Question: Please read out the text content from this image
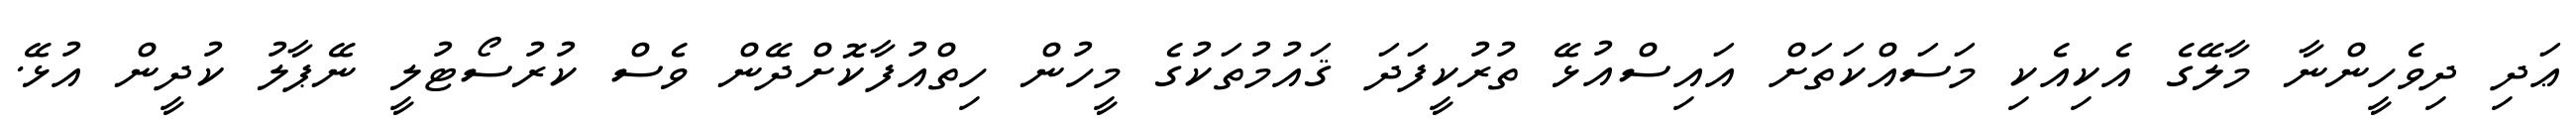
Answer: ޢަދި ދިވެހީންނާ މާލޭގެ އެކިއެކި މަސައްކަތަށް އައިސްއުޅޭ ތުރުކީފަދަ ޤައުމުތަކުގެ މީހުން ހިތްއުފާކޮށްދޭން ވެސް ކުރުސޯޓުލީ ނޭޕާލު ކުދީން އުޅޭ.